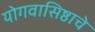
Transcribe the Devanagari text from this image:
योगवासिष्ठाचे